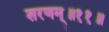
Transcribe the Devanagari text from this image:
शरणम्॥११॥